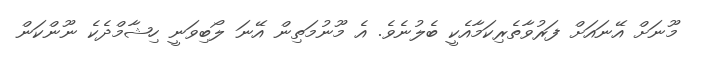
މޫނަށް އޭނައަށް ފަރުވާތެރިކަމާއެކީ ބެލުނެވެ. އެ މޫނުމަތިން އޭނަ ލޯބިވަނީ ހިޝާމްދެކެ ނޫންކަން